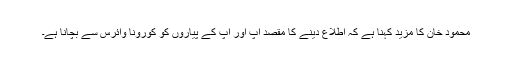
محمود خان کا مزید کہنا ہے کہ اطلاع دینے کا مقصد آپ اور آپ کے پیاروں کو کورونا وائرس سے بچانا ہے۔